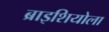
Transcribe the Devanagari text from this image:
ब्राइशियोला